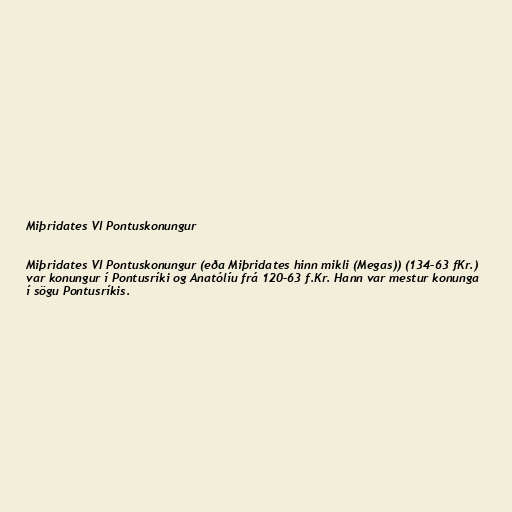
Miþridates VI Pontuskonungur

Miþridates VI Pontuskonungur (eða Miþridates hinn mikli (Megas)) (134–63 fKr.)
var konungur í Pontusríki og Anatólíu frá 120–63 f.Kr. Hann var mestur konunga
í sögu Pontusríkis.